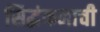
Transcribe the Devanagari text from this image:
सिद्धंकनाची